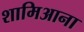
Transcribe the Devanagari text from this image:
शामिआना